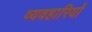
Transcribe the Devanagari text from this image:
व्यवहारियों